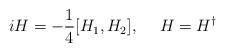
LaTeX: \begin{align*}iH=-\frac{1}{4}[H_1, H_2], \hspace{15pt} H=H^{\dagger}\end{align*}